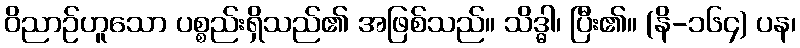
ဝိညာဉ်ဟူသော ပစ္စည်းရှိသည်၏ အဖြစ်သည်။ သိဒ္ဓါ၊ ပြီး၏။ (နိ-၁၆၄) ပန၊